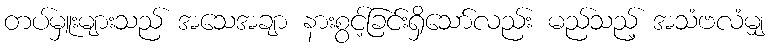
တပ်မှူးများသည် အသေအချာ နားစွင့်ခြင်းရှိသော်လည်း မည်သည့် အသံဗလံမျှ